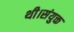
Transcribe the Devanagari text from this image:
थी।संयुक्त